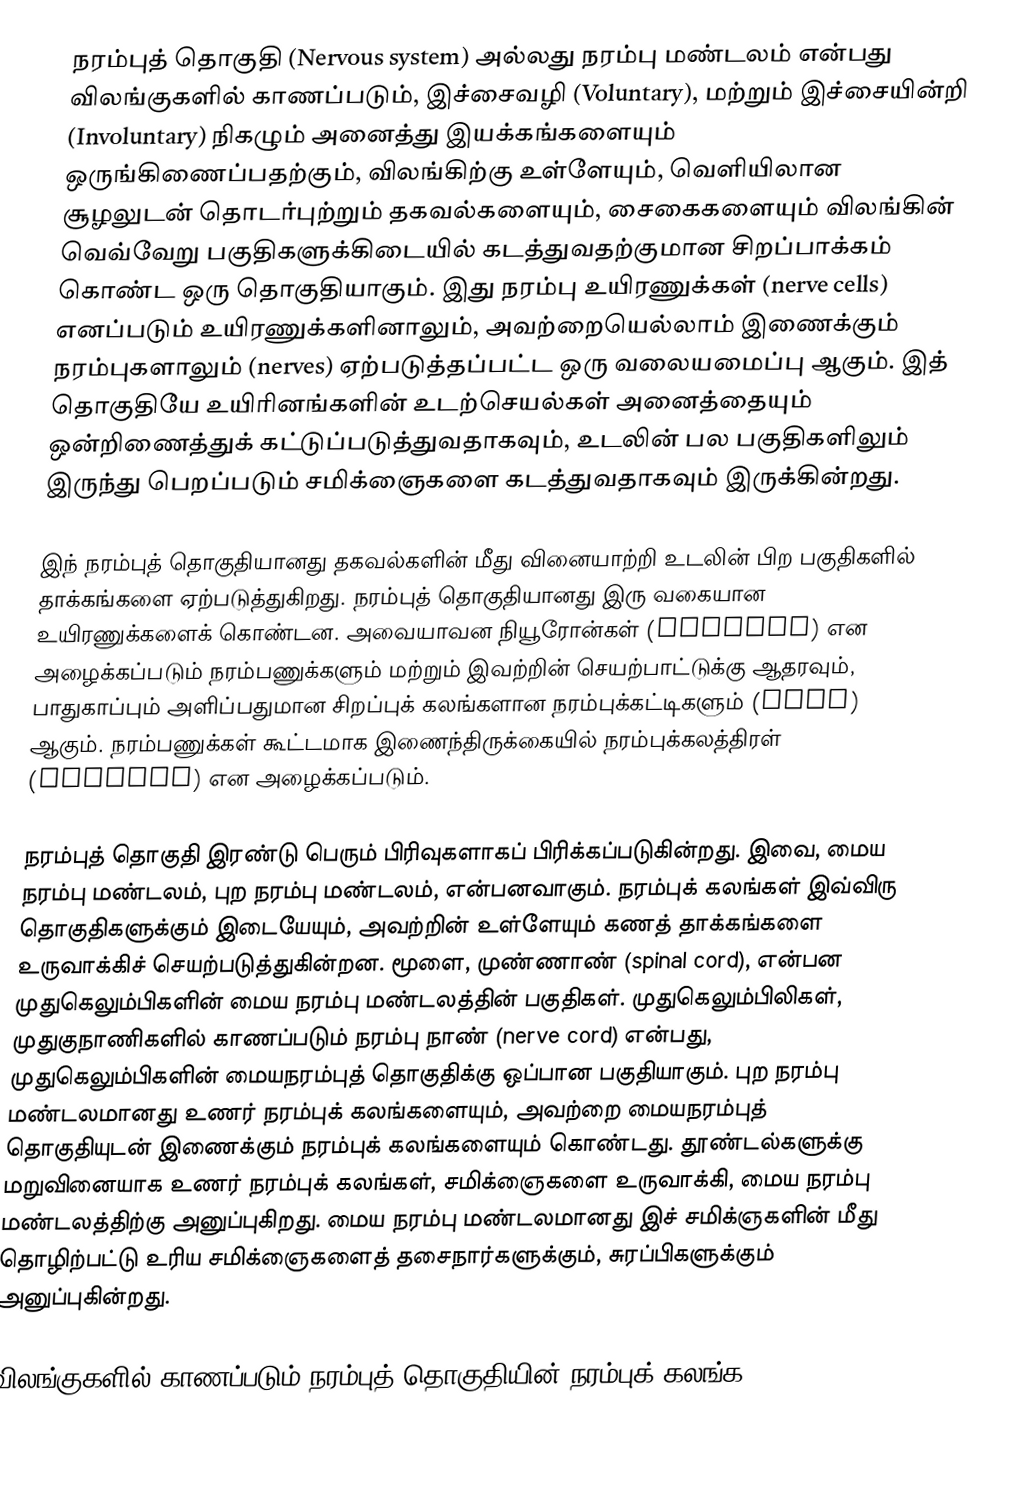
நரம்புத் தொகுதி (Nervous system) அல்லது நரம்பு மண்டலம் என்பது விலங்குகளில் காணப்படும், இச்சைவழி (Voluntary), மற்றும் இச்சையின்றி (Involuntary) நிகழும் அனைத்து இயக்கங்களையும் ஒருங்கிணைப்பதற்கும், விலங்கிற்கு உள்ளேயும், வெளியிலான சூழலுடன் தொடர்புற்றும் தகவல்களையும், சைகைகளையும் விலங்கின் வெவ்வேறு பகுதிகளுக்கிடையில் கடத்துவதற்குமான சிறப்பாக்கம் கொண்ட ஒரு தொகுதியாகும். இது நரம்பு உயிரணுக்கள் (nerve cells) எனப்படும் உயிரணுக்களினாலும், அவற்றையெல்லாம் இணைக்கும் நரம்புகளாலும் (nerves) ஏற்படுத்தப்பட்ட ஒரு வலையமைப்பு ஆகும். இத் தொகுதியே உயிரினங்களின் உடற்செயல்கள் அனைத்தையும் ஒன்றிணைத்துக் கட்டுப்படுத்துவதாகவும், உடலின் பல பகுதிகளிலும் இருந்து பெறப்படும் சமிக்ஞைகளை கடத்துவதாகவும் இருக்கின்றது.

இந் நரம்புத் தொகுதியானது தகவல்களின் மீது வினையாற்றி உடலின் பிற பகுதிகளில் தாக்கங்களை ஏற்படுத்துகிறது. நரம்புத் தொகுதியானது இரு வகையான உயிரணுக்களைக் கொண்டன. அவையாவன நியூரோன்கள் (Neurons) என அழைக்கப்படும் நரம்பணுக்களும் மற்றும் இவற்றின் செயற்பாட்டுக்கு ஆதரவும், பாதுகாப்பும் அளிப்பதுமான சிறப்புக் கலங்களான நரம்புக்கட்டிகளும் (glia) ஆகும். நரம்பணுக்கள் கூட்டமாக இணைந்திருக்கையில் நரம்புக்கலத்திரள் (ganglia) என அழைக்கப்படும்.

நரம்புத் தொகுதி இரண்டு பெரும் பிரிவுகளாகப் பிரிக்கப்படுகின்றது. இவை, மைய நரம்பு மண்டலம், புற நரம்பு மண்டலம், என்பனவாகும். நரம்புக் கலங்கள் இவ்விரு தொகுதிகளுக்கும் இடையேயும், அவற்றின் உள்ளேயும் கணத் தாக்கங்களை உருவாக்கிச் செயற்படுத்துகின்றன. மூளை,  முண்ணாண் (spinal cord), என்பன முதுகெலும்பிகளின் மைய நரம்பு மண்டலத்தின் பகுதிகள். முதுகெலும்பிலிகள், முதுகுநாணிகளில் காணப்படும் நரம்பு நாண் (nerve cord) என்பது, முதுகெலும்பிகளின் மையநரம்புத் தொகுதிக்கு ஒப்பான பகுதியாகும். புற நரம்பு மண்டலமானது உணர் நரம்புக் கலங்களையும், அவற்றை மையநரம்புத் தொகுதியுடன் இணைக்கும் நரம்புக் கலங்களையும் கொண்டது.  தூண்டல்களுக்கு மறுவினையாக உணர் நரம்புக் கலங்கள், சமிக்ஞைகளை உருவாக்கி, மைய நரம்பு மண்டலத்திற்கு அனுப்புகிறது. மைய நரம்பு மண்டலமானது இச் சமிக்ஞகளின் மீது தொழிற்பட்டு உரிய சமிக்ஞைகளைத் தசைநார்களுக்கும், சுரப்பிகளுக்கும் அனுப்புகின்றது.

விலங்குகளில் காணப்படும் நரம்புத் தொகுதியின் நரம்புக் கலங்க